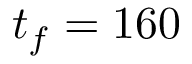
t _ { f } = 1 6 0